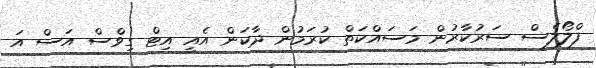
ފްލޯލެސް ސަރުކާރުން މަސައްކަތް ކުރަމުން ދާކަން އެއީ އިޓް ގިވްސް އަސް އަ